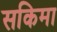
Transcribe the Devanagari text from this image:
सकिमा